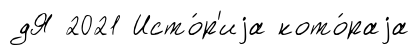
дЯ 2021 Исто́р'иjа кото́раjа